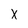
Character: X